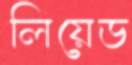
লিয়েড